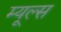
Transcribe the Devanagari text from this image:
म्यूल्स